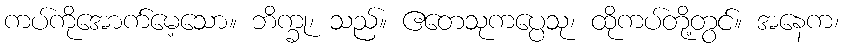
ကပ်ကိုအောက်မေ့သော။ ဘိက္ခု၊ သည်။ ဧတေသုကပ္ပေသု၊ ထိုကပ်တို့တွင်။ အနေက၊